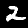
Label: 2